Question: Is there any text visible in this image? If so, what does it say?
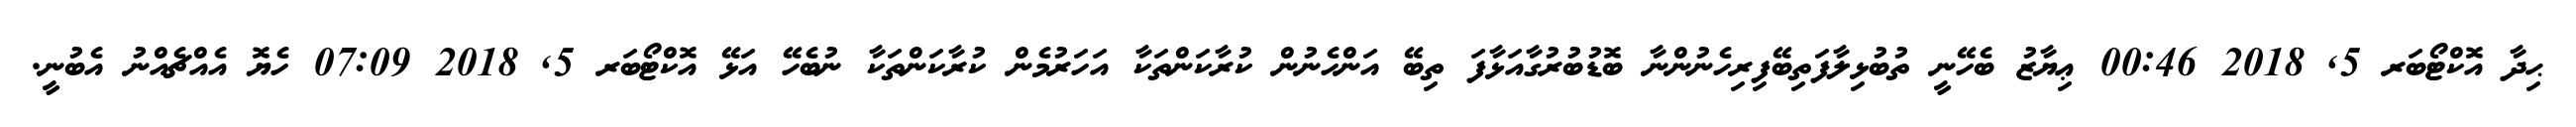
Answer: ޙިދާ އޮކްޓޯބަރ 5, 2018 00:46 ޢިޔާޒު ބެހޭނީ ތުބުޅިލާފަތިބޭފިރިހެނުންނާ ބޮޑުބުރުގާއަޅާފަ ތިބޭ އަންހެނުން ކުރާކަންތަކާ އަހަރުމެން ކުރާކަންތަކާ ނުބެހޭ އަޅޭ އޮކްޓޯބަރ 5, 2018 07:09 ހެޔޮ އެއްޗެއްނު އެބުނީ.